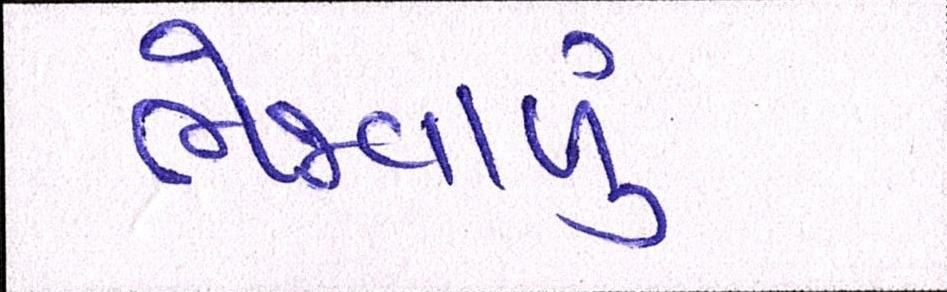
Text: ભેજવાળું